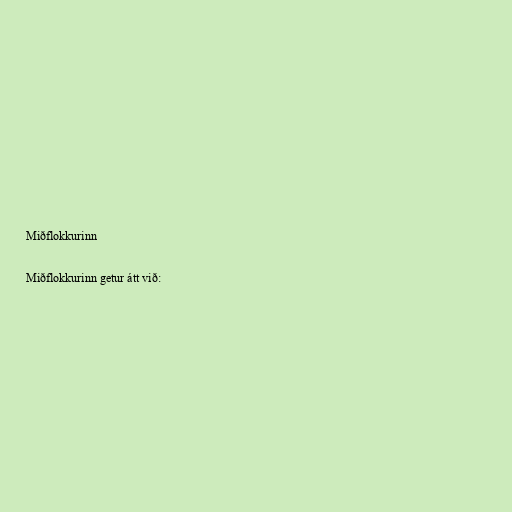
Miðflokkurinn

Miðflokkurinn getur átt við: